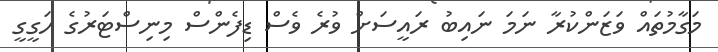
މަގާމުތައް ވަޒަންކުރާ ނަމަ ނައިބު ރައީސަށް ވުރެ ވެސް ޑިފެންސް މިނިސްޓަރުގެ ހަގީގީ